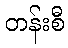
တန်းစီ